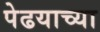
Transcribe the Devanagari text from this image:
पेढयाच्या